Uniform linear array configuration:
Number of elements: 8
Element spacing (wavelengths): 1
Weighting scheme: exponential
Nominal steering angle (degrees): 15
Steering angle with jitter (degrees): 13.875
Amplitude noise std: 0.05
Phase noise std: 0.05

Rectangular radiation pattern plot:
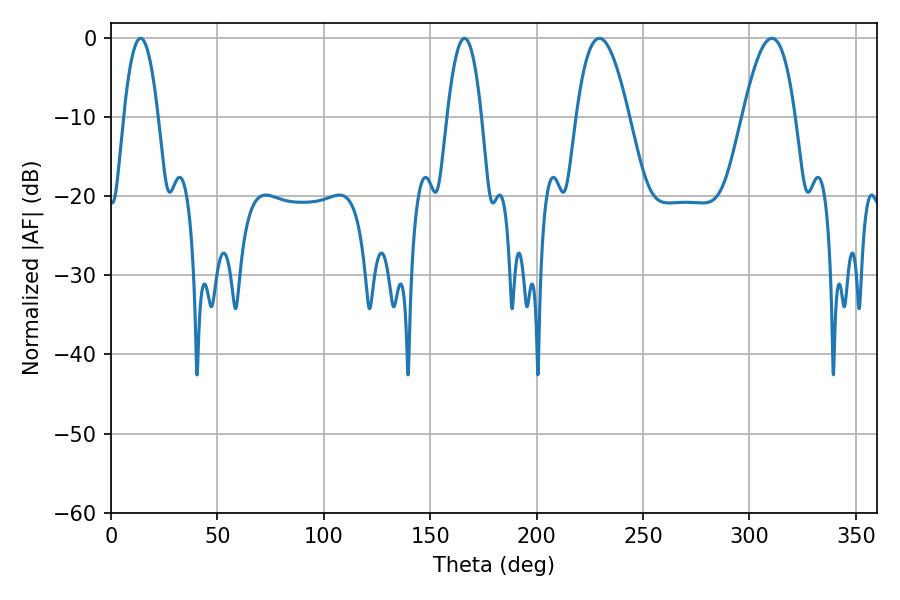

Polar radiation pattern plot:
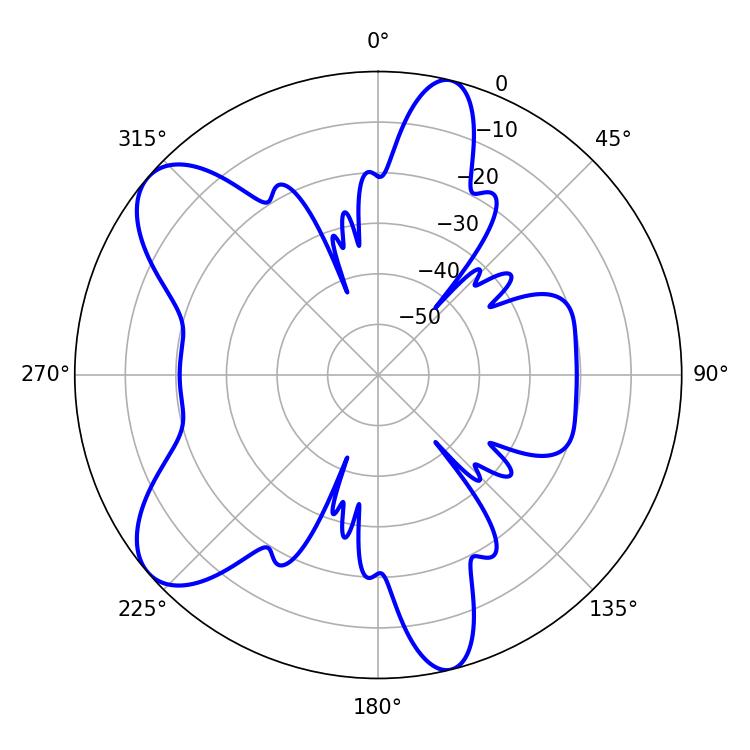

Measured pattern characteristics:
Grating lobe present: TRUE
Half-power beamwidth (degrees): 13.5
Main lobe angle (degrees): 229.5